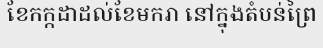
ខែកក្កដាដល់ខែមករា នៅក្នុងតំបន់ព្រៃ